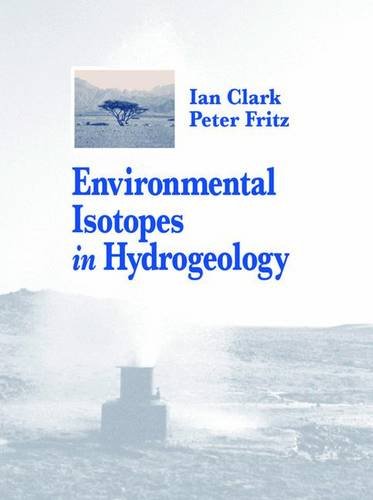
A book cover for Environmental Isotopes in Hydrogeology; Ian D. Clark; Science & Math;